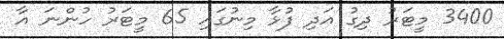
3400 މީޓަރު ދިގު އަދި ފުޅާ މިނުގައި 65 މީޓަރު ހުންނަ އާ